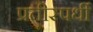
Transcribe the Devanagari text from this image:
प्रतीस्पर्धी